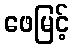
ဖေမြင့်